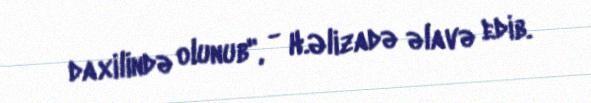
daxilində olunub", - H.Əlizadə əlavə edib.